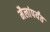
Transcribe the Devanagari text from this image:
मैलांपर्यंत